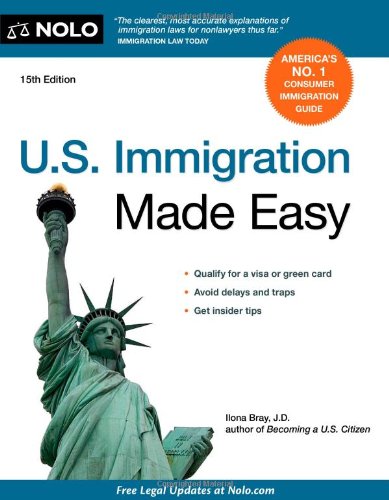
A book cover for U.S. Immigration Made Easy; Ilona Bray J.D.; Test Preparation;